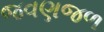
જવણજળ